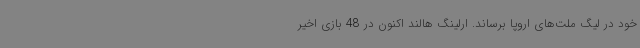
خود در لیگ ملت‌های اروپا برساند. ارلینگ هالند اکنون در 48 بازی اخیر